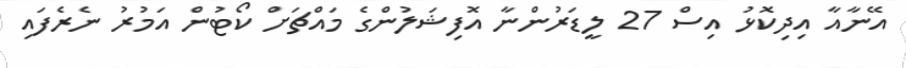
އޭނާއާ އިދިކޮޅު އިސް 27 ލީޑަރުންނާ އޮފިޝަލުންގެ މައްޗަށް ކޯޓުން އަމުރު ނެރެފައި